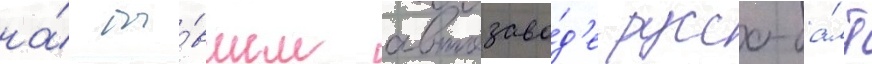
на́ бы́вшем автозаво́д'е руссо-ба́лт